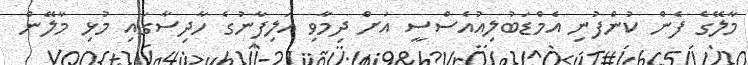
މާލޭގެ ފެން ކުންފުނި އެމްޑަބުލިއުއެސްސީ އަށް ދިމާވި އަލިފާނުގެ ހާދިސާގައި މުޅި މާލޭން